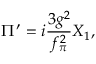
\Pi ^ { \prime } = i \frac { 3 g ^ { 2 } } { f _ { \pi } ^ { 2 } } X _ { 1 } ,